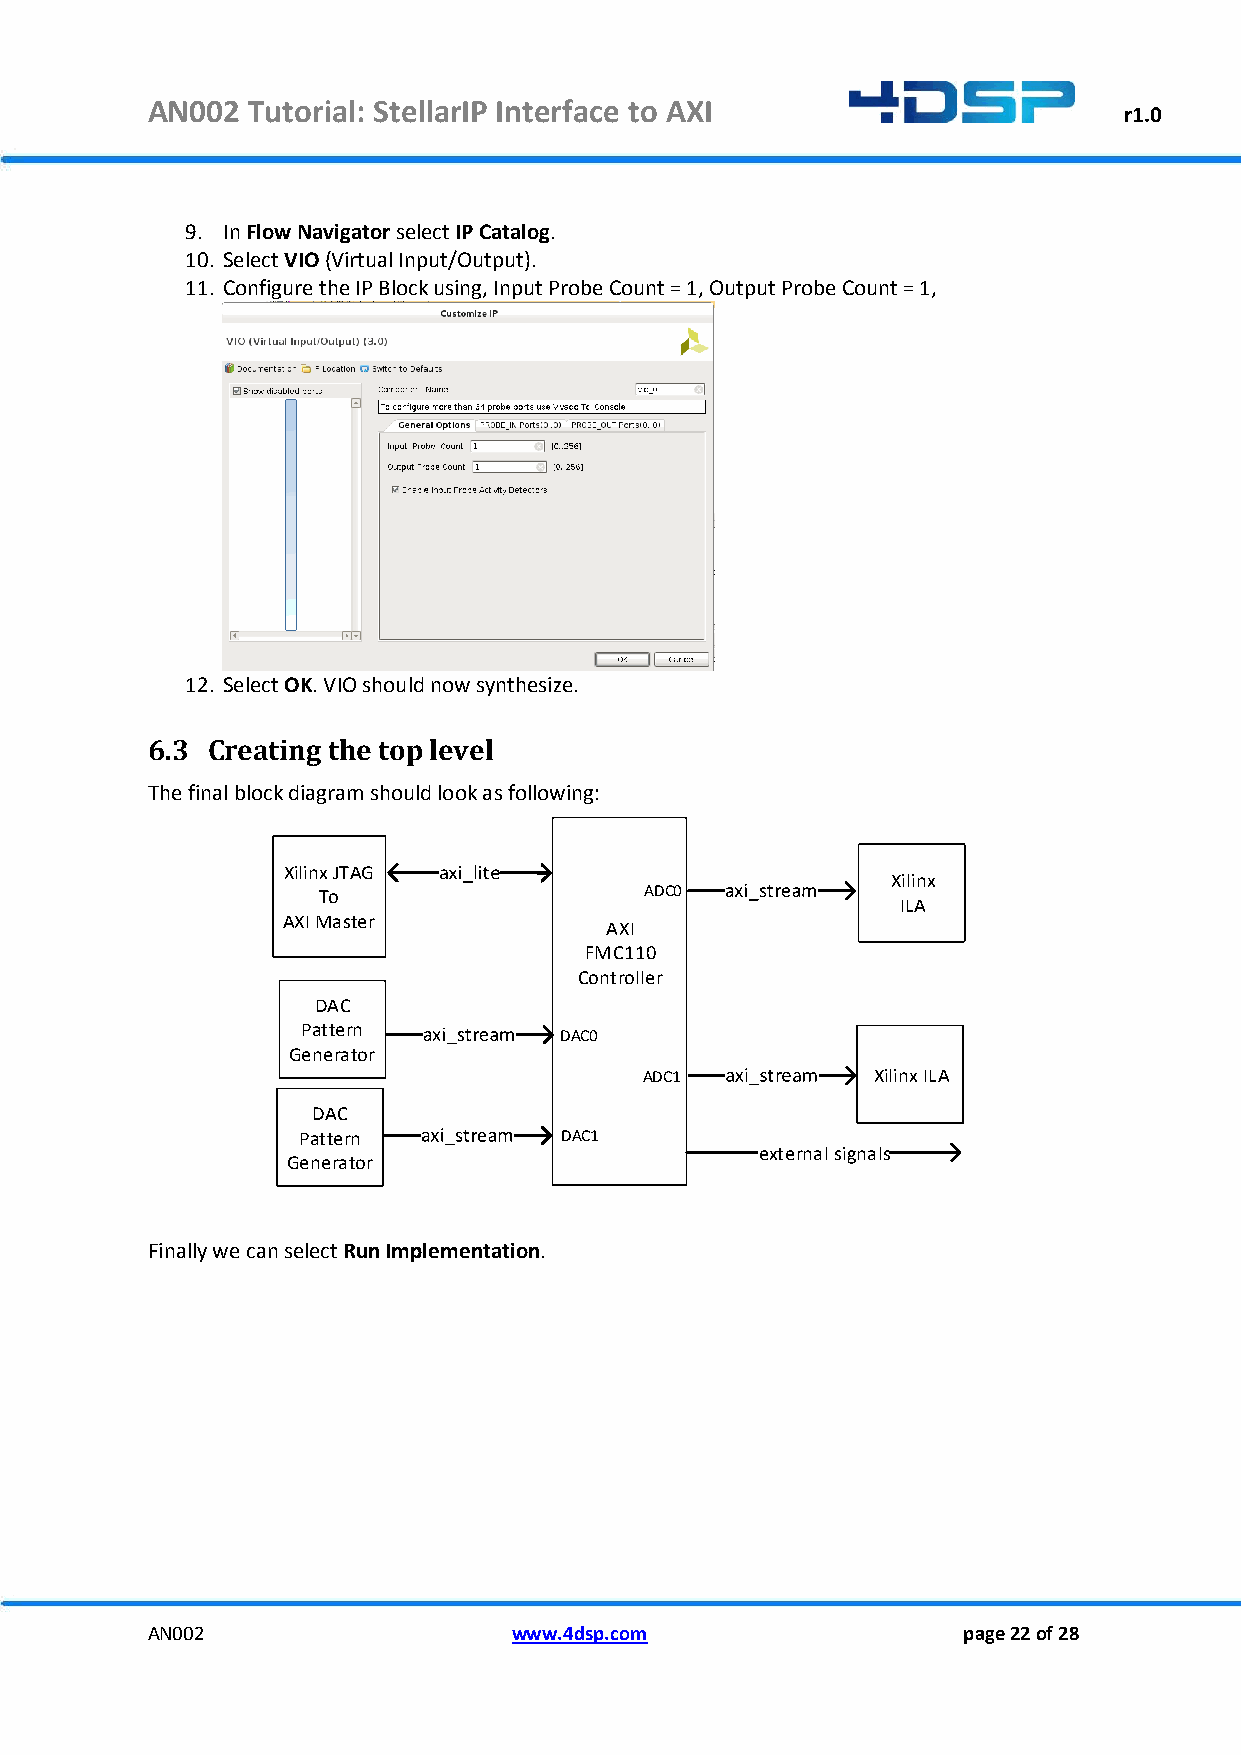
AN002 Tutorial: StellarIP Interface to AXI
 r1.0
 9. In Flow Navigator select IP Catalog.
 10. Select VIO (Virtual Input/Output).
 11. Configure the IP Block using, Input Probe Count = 1, Output Probe Count = 1,
 12. Select OK. VIO should now synthesize.
 6.3 Creating the top level
 The final block diagram should look as following:
 Xilinx JTAG
 Xilinx
 To                    ADC0
 ILA
 AXI Master
 AXI
 FMC110
 Controller
 DAC
 Pattern
 DAC0
 Generator
 ADC1           Xilinx ILA
 DAC
 Pattern          DAC1
 external signals
 Generator
 Finally we can select Run Implementation.
 AN002                   www.4dsp.com                  page 22 of 28